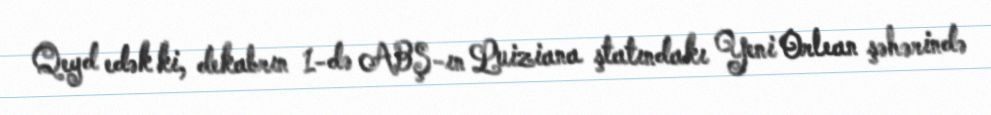
Qeyd edək ki, dekabrın 1-də ABŞ-ın Luiziana ştatındakı Yeni Orlean şəhərində